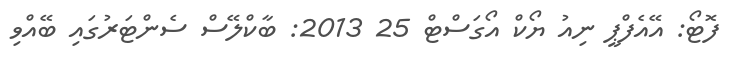
ފޮޓޯ: އޭއެފްޕީ ނިއު ޔޯކް އޯގަސްޓް 25 2013: ބާކްލޭސް ސެންޓަރުގައި ބޭއްވި